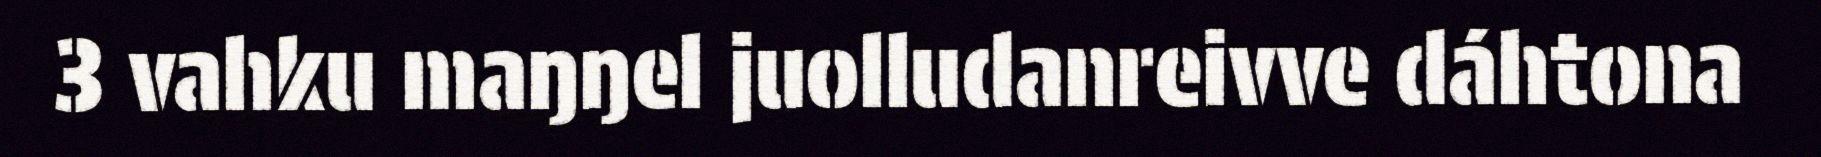
3 vahku maŋŋel juolludanreivve dáhtona